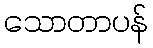
သောတာပန်